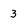
Character: 3